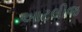
આટલીજ